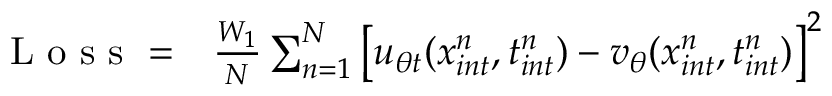
\begin{array} { r l } { \mathrm { ~ L ~ o ~ s ~ s ~ } = } & { { } \frac { W _ { 1 } } { N } \sum _ { n = 1 } ^ { N } \left[ u _ { \theta t } ( x _ { i n t } ^ { n } , t _ { i n t } ^ { n } ) - v _ { \theta } ( x _ { i n t } ^ { n } , t _ { i n t } ^ { n } ) \right] ^ { 2 } } \end{array}